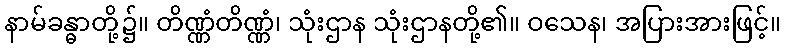
နာမ်ခန္ဓာတို့၌။ တိဏ္ဏံတိဏ္ဏံ၊ သုံးဌာန သုံးဌာနတို့၏။ ဝသေန၊ အပြားအားဖြင့်။